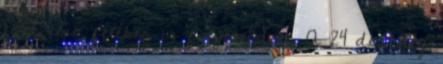
évek első felében is folytatódott. A 24 db, még